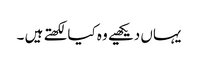
یہاں دیکھیے وہ کیا لکھتے ہیں ۔